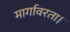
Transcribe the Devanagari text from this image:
मार्गावरता।